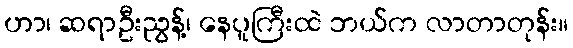
ဟာ၊ ဆရာဦးညွန့်၊ နေပူကြီးထဲ ဘယ်က လာတာတုန်း။